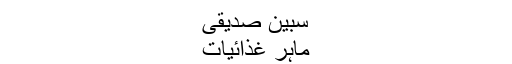
سبین صدیقی
ماہر غذائیات